Annual report of lunatic asylums [Bombay] - 1912-1922
Year: 1912
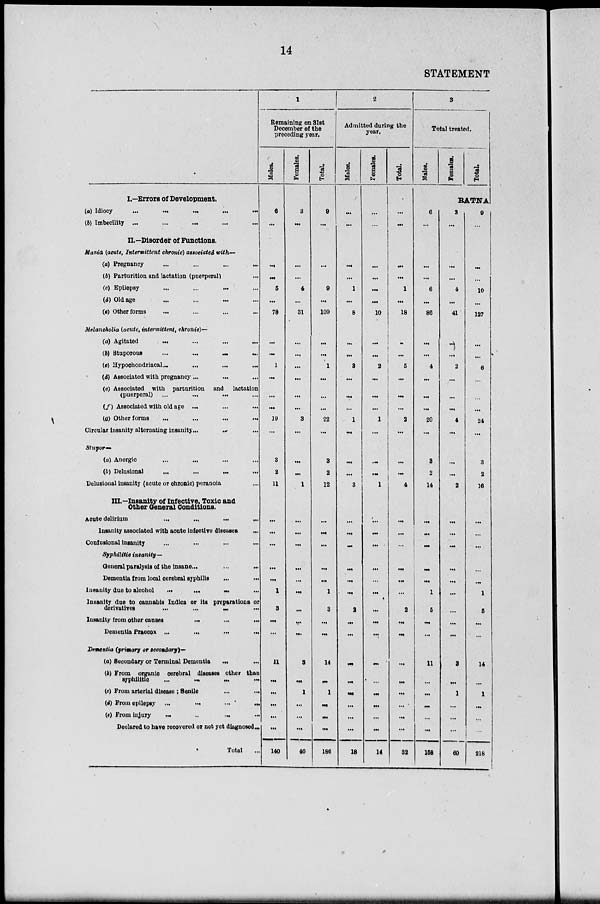
14
STATEMENT
I.—Errors of Development.
(a) Idiocy
... ... ... ... ...
(b) Imbecility ...
...
...
...
II.—Disorder of Functions.
Mania (acute, Intermittent chronic) associated with—
(a) Pregnancy
...
...
...
...
(b) Parturition and lactation (puerperal) ...
(c) Epilepsy ... ... ... ...
(d) Old age ... ... ... ...
(e) Other forms ... ... ... ...
Melancholia (acute, intermittent, chronic)—
(a) Agitated
...
...
...
...
(b) Stuporous
...
... ... ...
(c) Hypochondriacal ... ... ... ... ...
(d) Associated with pregnancy ... ... ... ...
(e) Associated with parturition and lactation
(puerperal) ...
...
... ...
(f) Associated with old age ... ... ...
(g) Other forms
...
...
... ...
Circular insanity alternating insanity ...
... ...
Stupor—
(a) Anergic ... ... ... ...
(b) Delusional
...
... ... ...
Delusional insanity (acute or chronic) peranoia ...
III.—Insanity of Infective. Toxic and
Other General Conditions.
Acute delirium
...
...
...
...
Insanity associated with acute infective diseases
...
Confuslonal insanity ... ... ... ...
Syphilitic insanity—
General paralysis of the insane... ... ...
Dementia from local cerebral syphilis ... ...
Insanity due to alcohol
... ... ...
...
Insanity due to cannabis Indica or its preparations or
derivatives
...
...
...
...
Insanity from other causes ... ... ...
Dementia Praecox ...
...
...
...
Dementia (primary or secondary)—
(a) Secondary or Terminal Dementia ... ...
(b) From organic cerebral diseases other than
syphilitic ... ... ... ...
(c) From arterial disease ; Senile ... ...
(d) From epilepsy ...
... ... ...
(e) From injury ... ... ... ...
Declared to have recovered or not yet diagnosed ...
Total ...
1
Remaining on 31st
December of the
preceding year.
Males.
6
...
...
...
5
...
78
...
...
1
...
...
...
19
...
3
2
11
...
...
...
...
...
1
3
...
...
11
...
...
...
...
...
140
Females.
3
...
...
...
4
...
31
...
...
...
...
...
...
3
...
...
...
1
...
...
...
...
...
...
...
...
...
3
...
1
...
...
...
46
Total.
9
...
...
...
9
...
109
...
...
1
...
...
...
22
...
3
2
12
...
...
...
...
...
1
3
...
...
14
...
1
...
...
...
186
2
Admitted during the
year.
Males.
...
...
...
...
1
...
8
...
...
3
...
...
...
1
...
...
...
3
...
...
...
...
...
...
2
...
...
...
...
...
...
...
...
18
Females.
...
...
...
...
...
...
10
...
...
2
...
...
...
1
...
...
...
1
...
...
...
...
...
...
...
...
...
...
...
...
...
...
...
14
Total.
...
...
...
...
1
...
18
...
...
5
...
...
...
2
...
...
...
4
...
...
...
...
...
...
2
...
...
...
...
...
...
...
...
32
3
Total treated.
Males.
Females.
Total.
RATNA
6
...
...
...
6
...
86
...
...
4
...
...
...
20
...
3
2
14
...
...
...
...
...
1
5
...
...
11
...
...
...
...
...
158
3
...
...
...
4
...
41
...
...
2
...
...
...
4
...
...
...
2
...
...
...
...
...
...
...
...
...
3
...
1
...
...
...
60
9
...
...
...
10
...
127
...
...
6
...
...
...
24
...
3
2
16
...
...
...
...
...
1
5
...
...
14
...
1
...
...
...
218